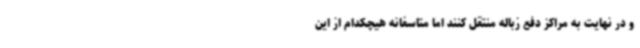
و در نهایت به مراکز دفع زباله منتقل کنند اما متاسفانه هیچکدام از این